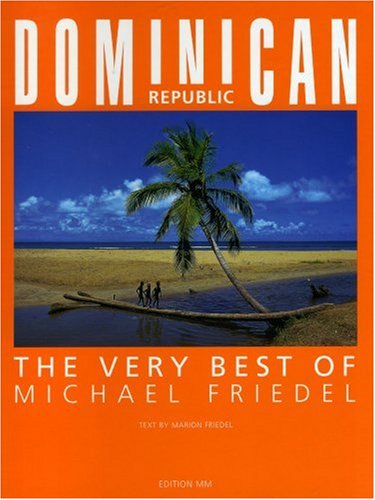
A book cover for Dominican Republic: The Very Best of Michael Friedel; Michael Friedel; Travel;